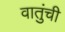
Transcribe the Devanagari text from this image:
वातुंची